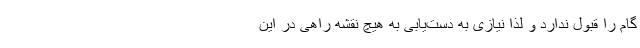
گام را قبول ندارد و لذا نیازی به دست‌یابی به هیچ نقشه راهی در این